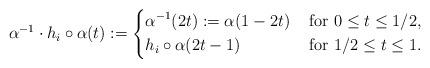
LaTeX: \begin{align*}\alpha^{-1}\cdot h_i\circ\alpha(t):= \left\{\begin{aligned}& \alpha^{-1}(2t):=\alpha(1-2t)&\mbox{ for } 0\leq t\leq 1/2,\\& h_i\circ\alpha(2t-1) &\mbox{ for } 1/2\leq t\leq 1.\end{aligned}\right.\end{align*}